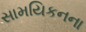
સામયિકનના